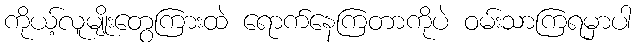
ကိုယ့်လူမျိုးတွေကြားထဲ ရောက်နေကြတာကိုပဲ ဝမ်းသာကြရမှာပါ